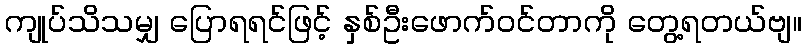
ကျုပ်သိသမျှ ပြောရရင်ဖြင့် နှစ်ဦးဖောက်ဝင်တာကို တွေ့ရတယ်ဗျ။